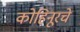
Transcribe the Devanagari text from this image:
कोहिनूरचे